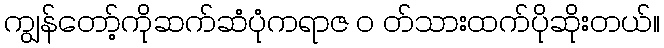
ကျွန်တော့်ကိုဆက်ဆံပုံကရာဇ ၀ တ်သားထက်ပိုဆိုးတယ်။